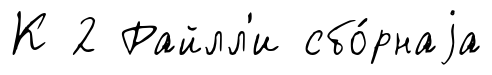
К 2 Райлл'и сбо́рнаjа